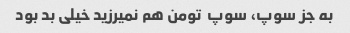
به جز سوپ، سوپ  تومن هم نمیرزید خیلی بد بود